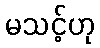
မသင့်ဟု